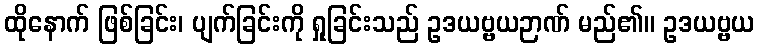
ထိုနောက် ဖြစ်ခြင်း၊ ပျက်ခြင်းကို ရှုခြင်းသည် ဥဒယဗ္ဗယဉာဏ် မည်၏။ ဥဒယဗ္ဗယ